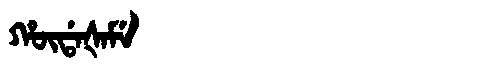
Manchu: ᡥᡡᡩᠠᡧᠠᠮᡝ
Romanization: HŪDAŠAME